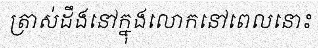
ត្រាស់ដឹងនៅក្នុងលោកនៅពេលនោះ